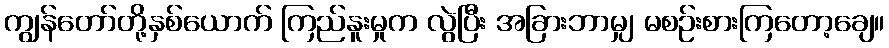
ကျွန်တော်တို့နှစ်ယောက် ကြည်နူးမှုက လွဲပြီး အခြားဘာမျှ မစဉ်းစားကြတော့ချေ။